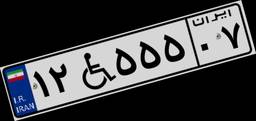
۱۲W۵۵۵۰۷